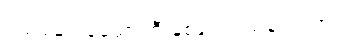
ပထမဆုံး မွေ့ယာကြီးနှစ်ချပ်သယ်ချလာတယ်။